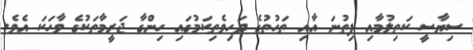
ސިޔާސީ ކަތިލުމާއި ފިތުނަ އާއި ތަހުތުގެ ދަހިވެތިކަމުގައި ހިންގާ ޖަރީމާތަކުގެ ވާހަކަ އެވެ.